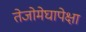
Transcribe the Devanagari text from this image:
तेजोमेघापेक्षा